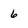
Character: 6